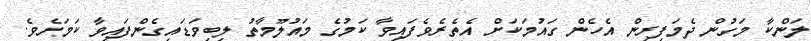
ލަންކާ މަގުން ދެމަފިރިން އެހެން ގައުމަކަށް އެތެރެވެފައިވާ ކަމުގެ މައުލޫމާތު ލިބިވަޑައިގެންފައިވާ ކަމަށެވެ.